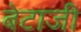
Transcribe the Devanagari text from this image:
बेटाजी